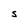
Character: S